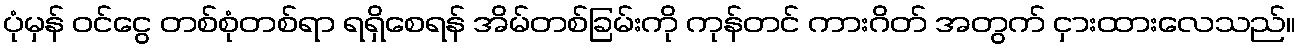
ပုံမှန် ဝင်ငွေ တစ်စုံတစ်ရာ ရရှိစေရန် အိမ်တစ်ခြမ်းကို ကုန်တင် ကားဂိတ် အတွက် ငှားထားလေသည်။